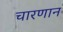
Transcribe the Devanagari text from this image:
चारणान